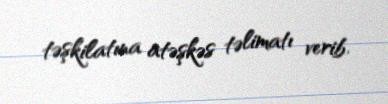
təşkilatına atəşkəs təlimatı verib.